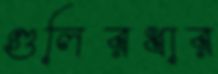
গুলিরধার